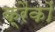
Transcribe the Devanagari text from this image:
क्रैकों